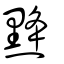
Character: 𪐿